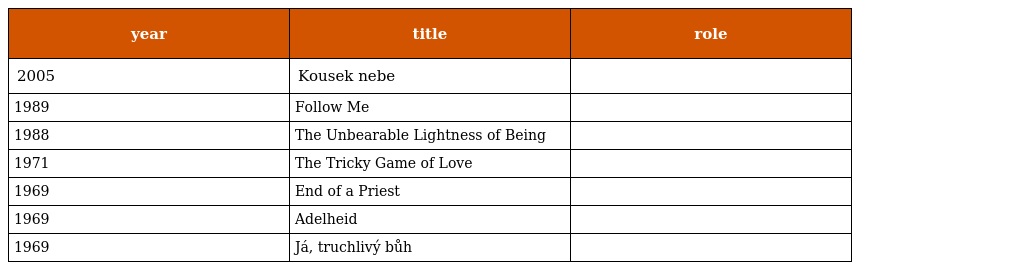
| year | title | role |
 | --- | --- | --- |
 | 2005 | Kousek nebe |  |
 | 1989 | Follow Me |  |
 | 1988 | The Unbearable Lightness of Being |  |
 | 1971 | The Tricky Game of Love |  |
 | 1969 | End of a Priest |  |
 | 1969 | Adelheid |  |
 | 1969 | Já, truchlivý bůh |  |